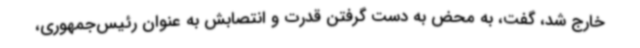
خارج شد، گفت، به محض به دست گرفتن قدرت و انتصابش به عنوان رئیس‌جمهوری،